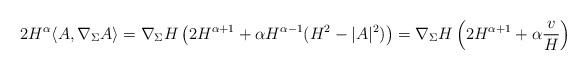
LaTeX: \begin{align*}2H^\alpha\langle A, \nabla_\Sigma A\rangle=\nabla_\Sigma H\left(2H^{\alpha+1}+\alpha H^{\alpha-1}(H^2-|A|^2)\right)=\nabla_\Sigma H\left(2H^{\alpha+1}+\alpha \frac v{H}\right)\end{align*}